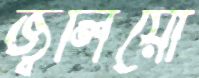
জ্বলিয়ো